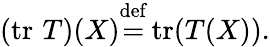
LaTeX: (\operatorname{tr}\, T)(X){\stackrel{\mathrm{def}}{=}}\operatorname{tr}(T(X)).